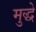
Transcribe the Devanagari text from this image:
मुद्धे